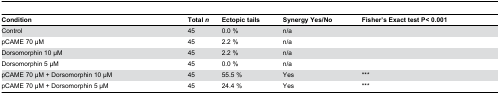
<table><thead><tr><td><b>Condition</b></td><td><b>Total <i>n</i></b></td><td><b>Ectopic tails</b></td><td><b>Synergy Yes/No</b></td><td><b>Fisher’s Exact test P&lt; 0.001</b></td></tr></thead><tbody><tr><td>Control</td><td>45</td><td>0.0 %</td><td>n/a</td><td></td></tr><tr><td>pCAME 70 μM</td><td>45</td><td>2.2 %</td><td>n/a</td><td></td></tr><tr><td>Dorsomorphin 10 μM</td><td>45</td><td>2.2 %</td><td>n/a</td><td></td></tr><tr><td>Dorsomorphin 5 μM</td><td>45</td><td>0.0 %</td><td>n/a</td><td></td></tr><tr><td>pCAME 70 μM + Dorsomorphin 10 μM</td><td>45</td><td>55.5 %</td><td>Yes</td><td>***</td></tr><tr><td>pCAME 70 μM + Dorsomorphin 5 μM</td><td>45</td><td>24.4 %</td><td>Yes</td><td>***</td></tr></tbody></table>